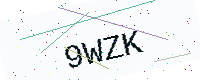
Text: 9WZK